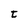
Character: t